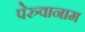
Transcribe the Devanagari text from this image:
पेरुवानाम